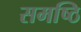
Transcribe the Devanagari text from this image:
समष्ठि